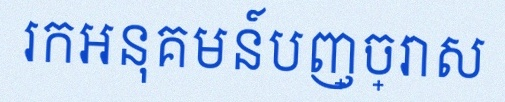
រកអនុគមន៍បញ្ច្រាស